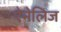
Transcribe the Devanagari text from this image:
ऐनेलिज